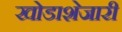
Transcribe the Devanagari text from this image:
खोडाशेजारी